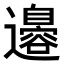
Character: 𮟣